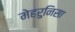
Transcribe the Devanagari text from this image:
मेहरुनिसा